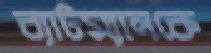
ব্যাটম্যানকে